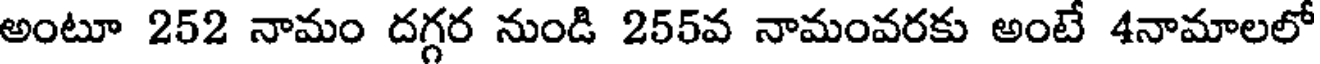
అంటూ 252 నామం దగ్గర నుండి 255వ నామంవరకు అంటే 4నామాలలో